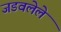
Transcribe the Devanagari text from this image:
जडवलेले